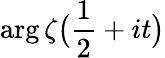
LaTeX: \arg{\zeta{\bigl(}{\frac{1}{2}}+it{\bigr)}}